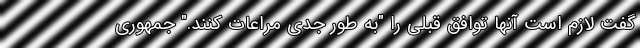
گفت لازم است آنها توافق قبلی را "به طور جدی مراعات کنند." جمهوری